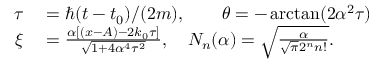
\begin{array} { r l r } { \tau } & { { } = \hbar ( t - t _ { 0 } ) / ( 2 m ) , \qquad \theta = - \arctan ( 2 \alpha ^ { 2 } \tau ) } & { } \\ { \xi } & { { } = \frac { \alpha [ ( x - A ) - 2 k _ { 0 } \tau ] } { \sqrt { 1 + 4 \alpha ^ { 4 } \tau ^ { 2 } } } , \quad N _ { n } ( \alpha ) = \sqrt { \frac { \alpha } { \sqrt { \pi } 2 ^ { n } n ! } } . } & { } \end{array}